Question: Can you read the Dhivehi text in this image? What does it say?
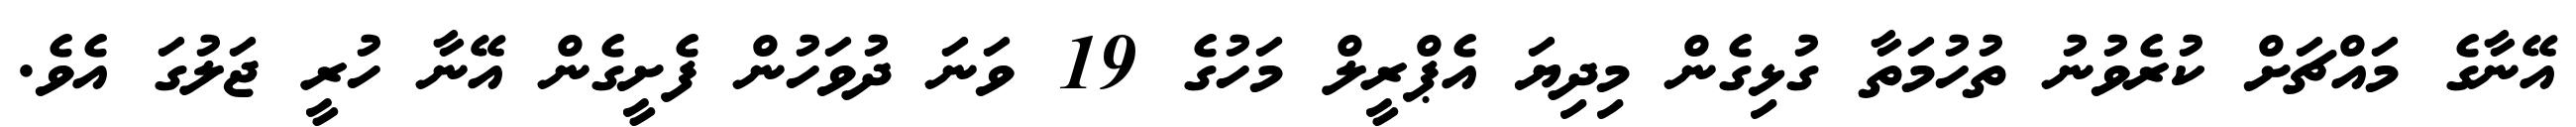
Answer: އޭނާގެ މައްޗަށް ކުރެވުނު ތުހުމަތާ ގުޅިގެން މިދިޔަ އެޕްރީލް މަހުގެ 19 ވަނަ ދުވަހުން ފެށީގެން އޭނާ ހުރީ ޖަލުގަ އެވެ.